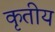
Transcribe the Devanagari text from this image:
कृतीय